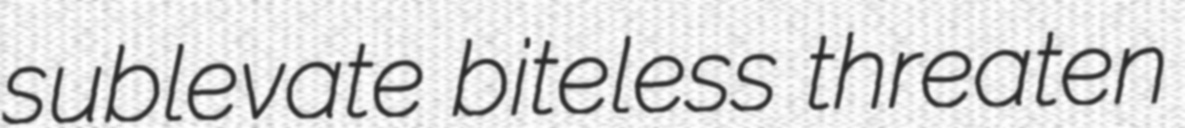
sublevate biteless threaten